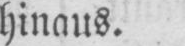
hinaus.